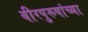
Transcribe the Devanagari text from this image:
वीरपुरुषांच्या